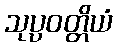
သုပ္ပဝတ္တိယံ